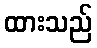
ထားသည်